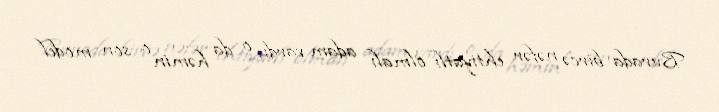
Burada bircə nəfər ehtiyatlı olmalı adam vardı, o da həmin o son model